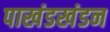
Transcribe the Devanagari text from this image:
पाखंडखंडन